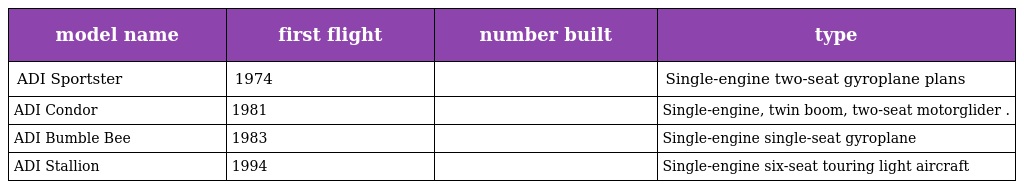
| model name | first flight | number built | type |
 | --- | --- | --- | --- |
 | ADI Sportster | 1974 |  | Single-engine two-seat gyroplane plans |
 | ADI Condor | 1981 |  | Single-engine, twin boom, two-seat motorglider . |
 | ADI Bumble Bee | 1983 |  | Single-engine single-seat gyroplane |
 | ADI Stallion | 1994 |  | Single-engine six-seat touring light aircraft |